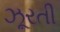
ઝૂરતી